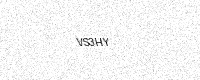
Text: VS3HY